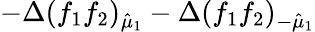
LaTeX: -\Delta(f_{1}f_{2})_{\hat{\mu}_{1}}-\Delta(f_{1}f_{2})_{-\hat{\mu}_{1}}